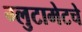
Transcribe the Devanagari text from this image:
ग्लुटामेटचे